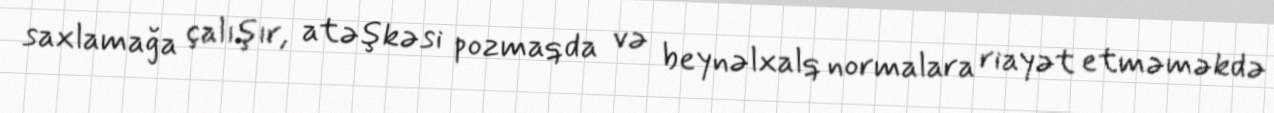
saxlamağa çalışır, atəşkəsi pozmaqda və beynəlxalq normalara riayət etməməkdə